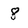
Character: 8